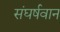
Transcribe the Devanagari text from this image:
संघर्षवान